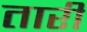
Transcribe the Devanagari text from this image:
तारीं